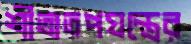
শীতাতপযন্ত্রের